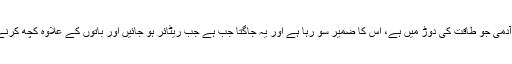
غرض یہ کہ ہر وہ آدمی جو طاقت کی دوڑ میں ہے، اس کا ضمیر سو رہا ہے اور یہ جاگتا جب ہے جب ریٹائر ہو جائیں اور باتوں کے علاوہ کچھ کرنے کے قابل نہ رہیں۔